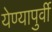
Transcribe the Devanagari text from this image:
येण्यापुर्वी